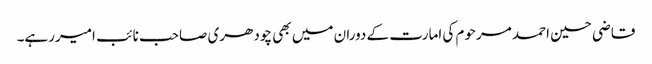
قاضی حسین احمد مرحوم کی امارت کے دوران میں بھی چودھری صاحب نائب امیررہے۔